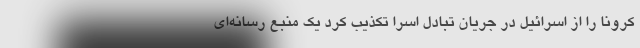
کرونا را از اسرائیل در جریان تبادل اسرا تکذیب کرد یک منبع رسانه‌ای